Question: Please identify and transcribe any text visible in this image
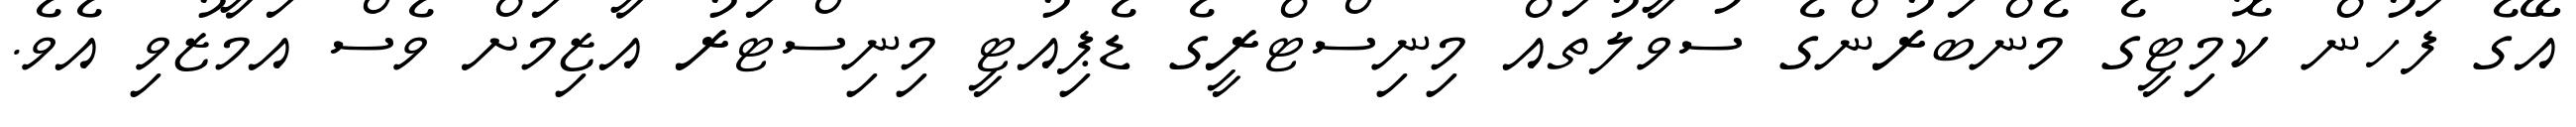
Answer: އޭގެ ފަހުން ކޮމިޓީގެ މެންބަރުންގެ ސުވާލުތައް މިނިސްޓްރީގެ ޑެޕިއުޓީ މިނިސްޓަރު އާޒިމަށް ވެސް އަމާޒުވި އެވެ.